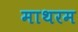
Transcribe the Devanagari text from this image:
माथरम